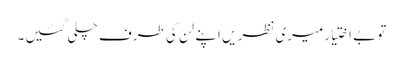
تو بے اختیار میری نظر یں اپنے لن کی طرف چلی گئیں ۔